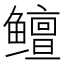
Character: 鳣